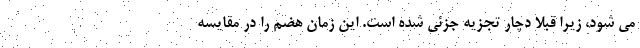
می شود، زیرا قبلاً دچار تجزیه جزئی شده است. این زمان هضم را در مقایسه